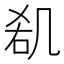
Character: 𠙏